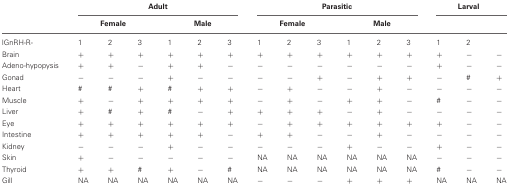
<table><thead><tr><td></td><td colspan="6"><b>Adult</b></td><td colspan="6"><b>Parasitic</b></td><td colspan="3"><b>Larval</b></td></tr><tr><td></td><td colspan="3"><b>Female</b></td><td colspan="3"><b>Male</b></td><td colspan="3"><b>Female</b></td><td colspan="3"><b>Male</b></td><td colspan="3"></td></tr></thead><tbody><tr><td>lGnRH-R-</td><td>1</td><td>2</td><td>3</td><td>1</td><td>2</td><td>3</td><td>1</td><td>2</td><td>3</td><td>1</td><td>2</td><td>3</td><td>1</td><td>2</td><td></td></tr><tr><td>Brain</td><td>+</td><td>+</td><td>+</td><td>+</td><td>+</td><td>+</td><td>+</td><td>+</td><td>+</td><td>+</td><td>+</td><td>+</td><td>+</td><td>−</td><td>−</td></tr><tr><td>Adeno-hypopysis</td><td>+</td><td>+</td><td>−</td><td>+</td><td>+</td><td>−</td><td>−</td><td>−</td><td>−</td><td>−</td><td>−</td><td>−</td><td>+</td><td>−</td><td>−</td></tr><tr><td>Gonad</td><td>−</td><td>−</td><td>−</td><td>+</td><td>−</td><td>−</td><td>−</td><td>−</td><td>+</td><td>−</td><td>+</td><td>+</td><td>−</td><td>#</td><td>+</td></tr><tr><td>Heart</td><td>#</td><td>#</td><td>+</td><td>#</td><td>+</td><td>+</td><td>−</td><td>+</td><td>−</td><td>−</td><td>+</td><td>−</td><td>−</td><td>−</td><td>−</td></tr><tr><td>Muscle</td><td>+</td><td>−</td><td>+</td><td>+</td><td>+</td><td>+</td><td>−</td><td>+</td><td>−</td><td>+</td><td>+</td><td>−</td><td>#</td><td>−</td><td>−</td></tr><tr><td>Liver</td><td>+</td><td>#</td><td>+</td><td>#</td><td>−</td><td>+</td><td>+</td><td>+</td><td>+</td><td>−</td><td>+</td><td>−</td><td>−</td><td>−</td><td>−</td></tr><tr><td>Eye</td><td>+</td><td>+</td><td>+</td><td>+</td><td>+</td><td>+</td><td>−</td><td>+</td><td>+</td><td>+</td><td>+</td><td>+</td><td>+</td><td>−</td><td>−</td></tr><tr><td>Intestine</td><td>+</td><td>+</td><td>+</td><td>+</td><td>+</td><td>−</td><td>+</td><td>+</td><td>−</td><td>−</td><td>+</td><td>−</td><td>−</td><td>−</td><td>−</td></tr><tr><td>Kidney</td><td>−</td><td>−</td><td>−</td><td>+</td><td>−</td><td>−</td><td>−</td><td>−</td><td>−</td><td>+</td><td>−</td><td>−</td><td>+</td><td>−</td><td>−</td></tr><tr><td>Skin</td><td>+</td><td>−</td><td>−</td><td>−</td><td>−</td><td>−</td><td>NA</td><td>NA</td><td>NA</td><td>NA</td><td>NA</td><td>NA</td><td>−</td><td>−</td><td>−</td></tr><tr><td>Thyroid</td><td>+</td><td>+</td><td>#</td><td>+</td><td>−</td><td>#</td><td>NA</td><td>NA</td><td>NA</td><td>NA</td><td>NA</td><td>NA</td><td>#</td><td>−</td><td>−</td></tr><tr><td>Gill</td><td>NA</td><td>NA</td><td>NA</td><td>NA</td><td>NA</td><td>NA</td><td>−</td><td>−</td><td>−</td><td>+</td><td>+</td><td>+</td><td>NA</td><td>NA</td><td>NA</td></tr></tbody></table>